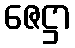
ဇေဋ္ဌာ